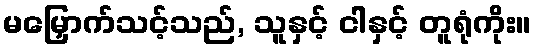
မမြှောက်သင့်သည်, သူနှင့် ငါနှင့် တူရုံကိုး။